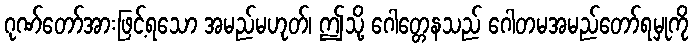
ဂုဏ်တော်အားဖြင့်ရသော အမည်မဟုတ်၊ ဤသို့ ဂေါတ္တေနသည် ဂေါတမအမည်တော်ရမှုကို